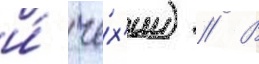
и́ че́х'ии) // В